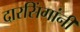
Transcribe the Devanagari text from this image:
दारसिंगांनी